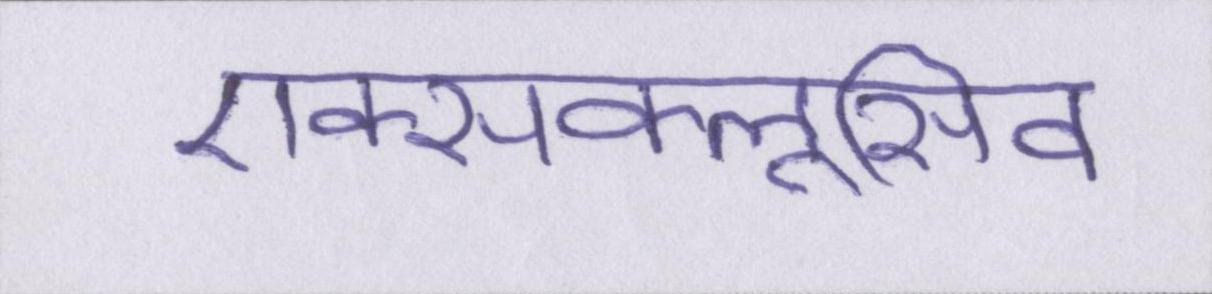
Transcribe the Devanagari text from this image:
एक्सक्लूसिव